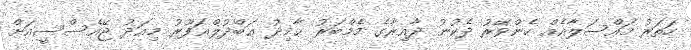
ހަތަރު މައްސަލާއެއް ހެންވޭރު ދެކުނު ދާއިރާގެ މެމްބަރު ޙާމިދު ޢަބްދުލްޣަފޫރު މިއަދު ޖޭއެސްސީއަށް